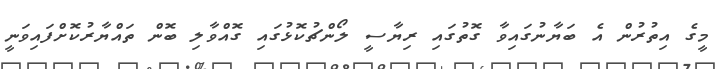
މީގެ އިތުރުން އެ ބަޔާނުގައިވާ ގޮތުގައި ރިޔާސީ ލޯންޗުކޮޅުގައި ގޮއްވާލި ބޮން ތައްޔާރުކޮށްފައިވަނީ